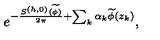
e ^ { - { \frac { S ^ { ( h , 0 ) } ( \widetilde \phi ) } { 2 \pi } } + \sum _ { k } \alpha _ { k } \widetilde \phi ( z _ { k } ) } ,